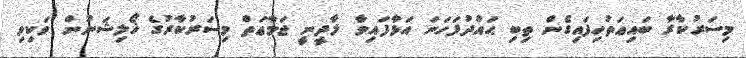
މިސަރުކާރާ ބައިޢަތުހިފައިގެން ތިބި ޙައްދުފަހަނަ އަޅާފައިވާ ލާދީނީ ޖަމާޢަތް މިސަރުކާރުގެ ޚޯލިޝަނުން ވަކިވި